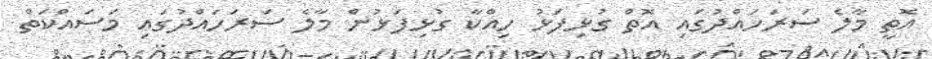
އޮތީ މާލެ ސަރަހައްދުގައި އޮތް ގުޅިފަޅު ހިއްކާ ގުޅިފަޅުން މާލެ ސަރަހައްދުގައި މަސައްކަތް